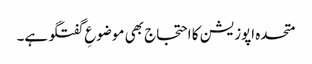
متحدہ اپوزیشن کا احتجاج بھی موضوعِ گفتگو ہے۔